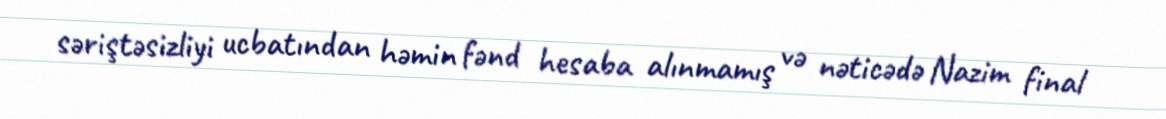
səriştəsizliyi ucbatından həmin fənd hesaba alınmamış və nəticədə Nazim final